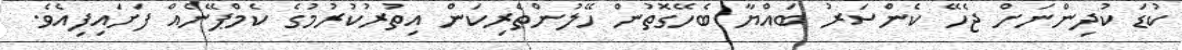
ކުޑަ ކުދިންނަށް ޖެހޭ ކެންސަރު ބައްޔާ ބެހޭގޮތުން ހޭލުންތެރިކަން އިތުރުކުރުމުގެ ކެމްޕޭނެއް ފަށައިފިއެވެ.